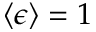
\langle \epsilon \rangle = 1